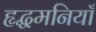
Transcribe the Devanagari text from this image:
हृद्धमनियाँ